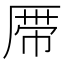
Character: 𱑞